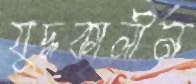
যুদ্ধকালীন